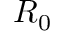
R _ { 0 }